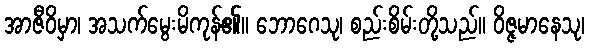
အာဇီဝိမှာ၊ အသက်မွေးမိကုန်၏။ ဘောဂေသု၊ စည်းစိမ်းတို့သည်။ ဝိဇ္ဇမာနေသု၊